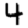
Digit: 4